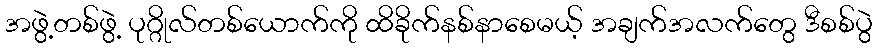
အဖွဲ့တစ်ဖွဲ့ ပုဂ္ဂိုလ်တစ်ယောက်ကို ထိခိုက်နစ်နာစေမယ့် အချက်အလက်တွေ ဒီစစ်ပွဲ